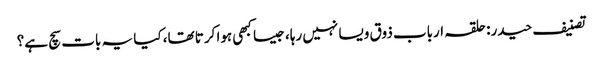
تصنیف حیدر: حلقہ ارباب ذوق ویسا نہیں رہا، جیسا کبھی ہوا کرتا تھا، کیا یہ بات سچ ہے؟